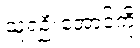
သူရဦးအောင်ကို